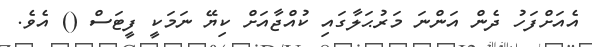
އެއަށްފަހު ދެން އަންނަ މަރުޙަލާގައި ކުއްޖާއަށް ކިޔޭ ނަމަކީ ފީޓަސް () އެވެ.